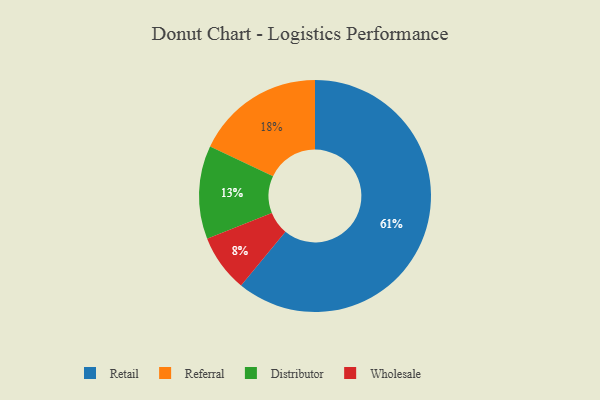
{"axis": {"x": "Category", "y": "Percentage"}, "legend": ["Distributor", "Referral", "Retail", "Wholesale"], "data": [{"x": "Wholesale", "y": 8, "type": "Wholesale"}, {"x": "Distributor", "y": 13, "type": "Distributor"}, {"x": "Retail", "y": 61, "type": "Retail"}, {"x": "Referral", "y": 18, "type": "Referral"}]}